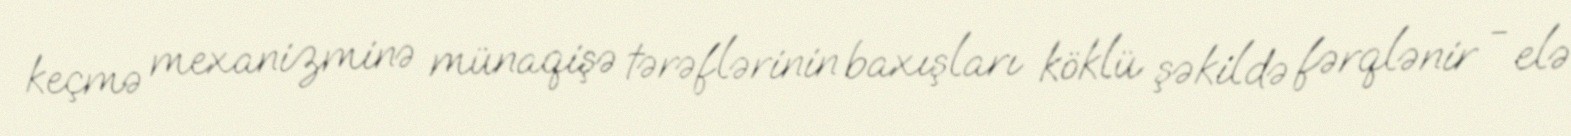
keçmə mexanizminə münaqişə tərəflərinin baxışları köklü şəkildə fərqlənir - elə